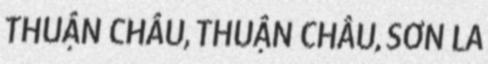
THUẬN CHÂU, THUẬN CHÂU, SƠN LA